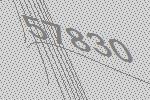
57830